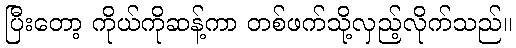
ပြီးတော့ ကိုယ်ကိုဆန့်ကာ တစ်ဖက်သို့လှည့်လိုက်သည်။